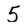
Character: 5